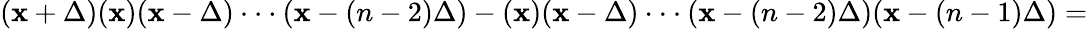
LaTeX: (\mathbf{x}+\Delta)(\mathbf{x})(\mathbf{x}-\Delta)\cdot\cdot\cdot(\mathbf{x}-(n-2)\Delta)-(\mathbf{x})(\mathbf{x}-\Delta)\cdot\cdot\cdot(\mathbf{x}-(n-2)\Delta)(\mathbf{x}-(n-1)\Delta)=